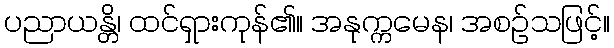
ပညာယန္တိ၊ ထင်ရှားကုန်၏။ အနုက္ကမေန၊ အစဉ်သဖြင့်။